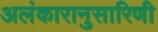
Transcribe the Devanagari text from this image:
अलंकारानुसारिणी